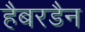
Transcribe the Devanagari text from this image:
हैबरडैन